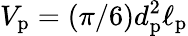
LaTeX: V_{\mathrm{p}}=(\pi/6)d_{\mathrm{p}}^{2}\ell_{\mathrm{p}}